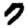
Digit: 7